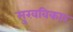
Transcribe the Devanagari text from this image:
मुखविकार